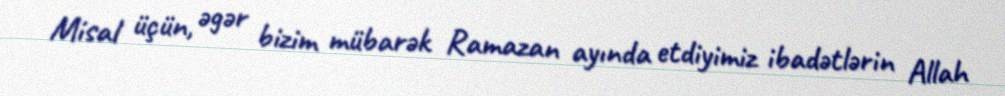
Misal üçün, əgər bizim mübarək Ramazan ayında etdiyimiz ibadətlərin Allah